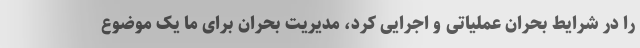
را در شرایط بحران عملیاتی و اجرایی کرد، مدیریت بحران برای ما یک موضوع